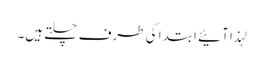
لہذا آئیے ابتدا کی طرف چلتے ہیں۔